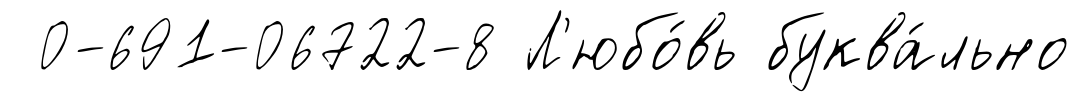
0-691-06722-8 Л'юбо́вь буква́льно